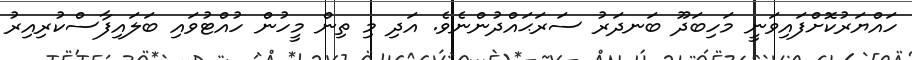
ހައްޔަރުކޮށްފައިވަނީ މަހިބަދޫ ބަނދަރު ސަރަޙައްދުންނެވެ. އަދި މި ތިން މީހުން ހުއްޓުވައި ބަލައިފާސްކުރިއިރު